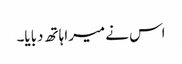
اس نے میرا ہاتھ دبایا۔